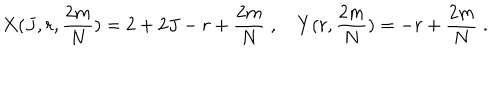
LaTeX: X ( J , r , { \frac { 2 m } { N } } ) = 2 + 2 J - r + { \frac { 2 m } { N } } \; , \quad Y ( r , { \frac { 2 m } { N } } ) = - r + { \frac { 2 m } { N } } \; .